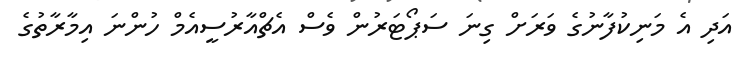
އަދި އެ މަނިކުފާނުގެ ވަރަށް ގިނަ ސަޕޯޓަރުން ވެސް އެޗްއާރުސީއެމް ހުންނަ އިމާރާތުގެ